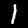
Digit: 1